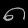
Digit: ၈